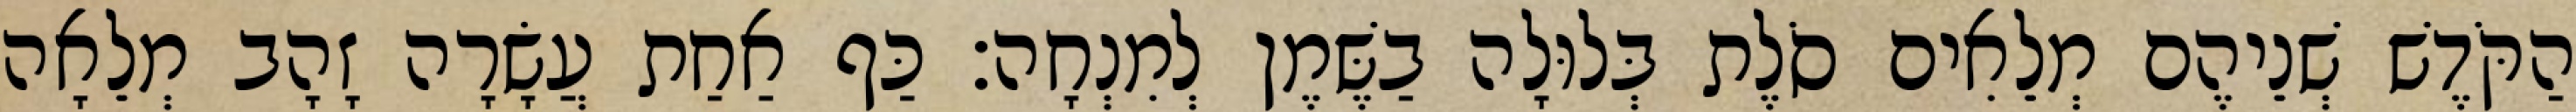
הַקֹּדֶשׁ שְׁנֵיהֶם מְלֵאִים סֹלֶת בְּלוּלָה בַשֶּׁמֶן לְמִנְחָה׃ כַּף אַחַת עֲשָׂרָה זָהָב מְלֵאָה